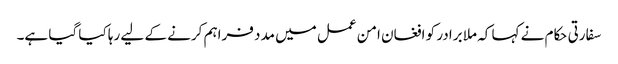
سفارتی حکام نے کہا کہ ملا برادر کو افغان امن عمل میں مدد فراہم کرنے کے لیے رہا کیا گیا ہے۔